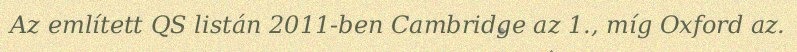
Az említett QS listán 2011-ben Cambridge az 1., míg Oxford az.